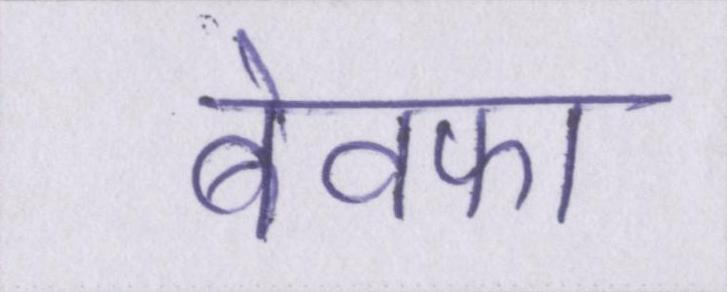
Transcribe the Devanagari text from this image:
बेवफा